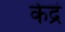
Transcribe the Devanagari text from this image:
केद्रं